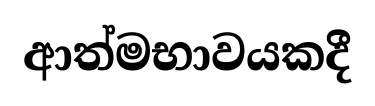
ආත්මභාවයකදී